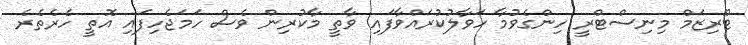
ޓޫރިޒަމް މިނިސްޓްރީ ހިންގެވުމާ ހަވާލުކުރައްވާފައި ވާތީ މާކުރިން ވެސް ހަމަޖެހިފައި އޮތީ ހެރެތެރެ